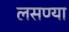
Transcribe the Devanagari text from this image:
लसण्या